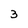
Character: 3